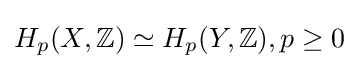
H_{p}(X,\mathbb {Z} )\simeq H_{p}(Y,\mathbb {Z} ),p\geq 0